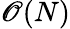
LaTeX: \mathscr{O}(N)